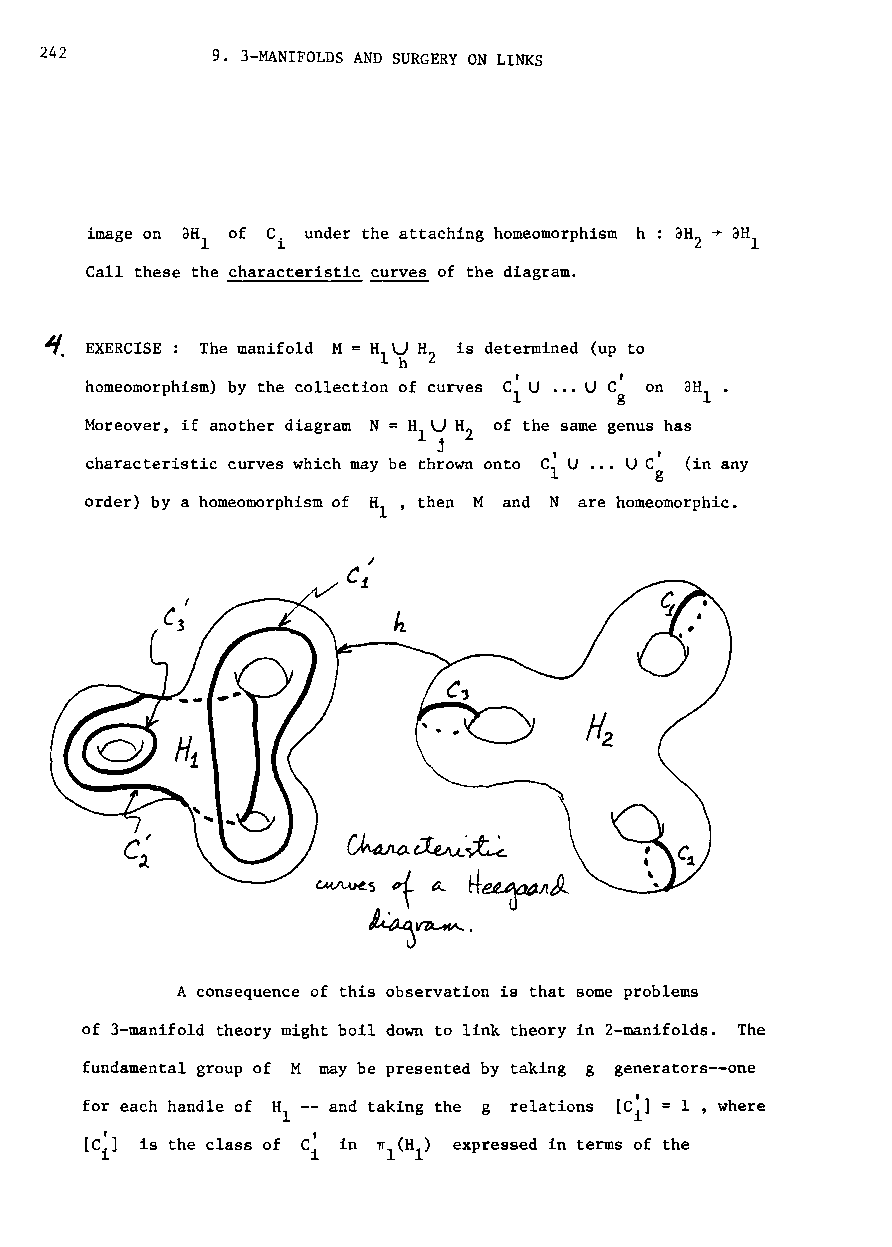
242        9. 3-MANIFOLDS AND SURGERY ON LINKS
 image on aH of C under the attaching homeomorphism h
 I    i
 Call these the characteristic ~ of the diagram.
 EXERCISE : The manifold is determined (up to
 homeomorphism) by the collection of curves on
 Moreover, if another diagram N = HILJ H of the same genus has
 2
 j       ,      t
 characteristic curves which may be thrown onto C U ... UC (in any
 1      g
 order) by a homeomorphism of HI' then M and N are homeomorphic.
 A consequence of this observation is that some problems
 of 3-manifold theory might boil down to link theory in 2-manifolds. The
 fundamental group of M may be presented by taking g generators--one
 for each handle of HI and taking the g relations [C~] = 1 , where
 is the class of      expressed in terms of the